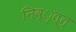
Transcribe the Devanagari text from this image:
निव्ृत्त्